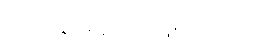
တင်သွင်းခဲ့တာ ဖြစ်ပါတယ်။